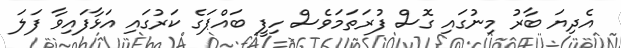
އެދިޔަ ބާރު މިނުގައި ގޮސް ފުރަތަމަވެސް ހިފީ ބައްޕަގެ ކަރުގައި އަޅާފައިވާ ފަލަ